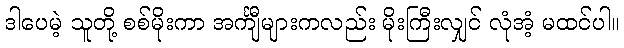
ဒါပေမဲ့ သူတို့ စစ်မိုးကာ အင်္ကျီများကလည်း မိုးကြီးလျှင် လုံအံ့ မထင်ပါ။